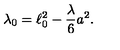
\lambda _ { 0 } = \ell _ { 0 } ^ { 2 } - \frac { \lambda } { 6 } a ^ { 2 } .